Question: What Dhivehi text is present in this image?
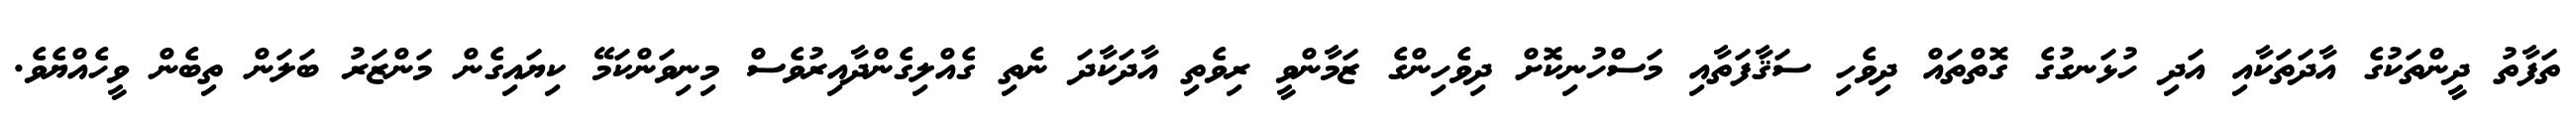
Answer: ތަފާތު ދީންތަކުގެ އާދަތަކާއި އަދި ހުޅަނގުގެ ގޮތްތައް ދިވެހި ސަޤާފަތާއި މަސްހުނިކޮށް ދިވެހިންގެ ޒަމާންވީ ރިވެތި އާދަކާދަ ނެތި ގެއްލިގެންދާއިރުވެސް މިނިވަންކަމޭ ކިޔައިގެން މަންޒަރު ބަލަން ތިބެން ވީހެއްޔެވެ.